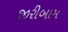
જીરીબામ